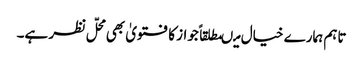
تاہم ہمارے خیال میںمطلقاً جواز کا فتویٰ بھی محلّ نظر ہے۔